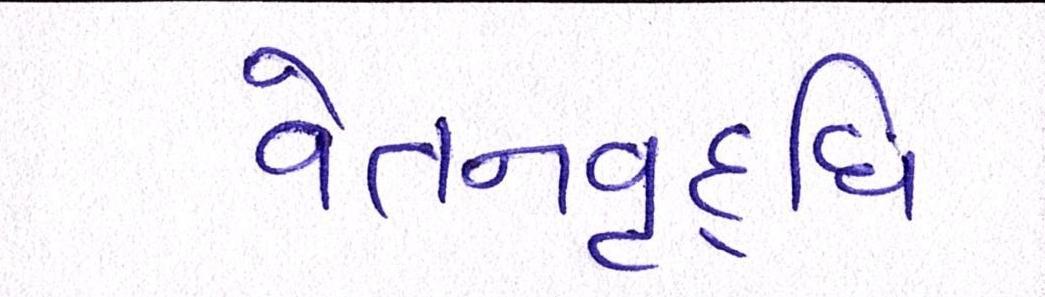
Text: વેતનવૃદ્ધિ